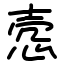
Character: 悫